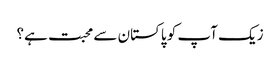
زیک آپ کو پاکستان سے محبت ہے؟